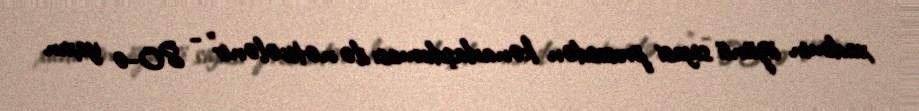
xadimin özünü siyasi prosesdən kənarlaşdırması ilə nəticələnir” - 80-ə yaxın